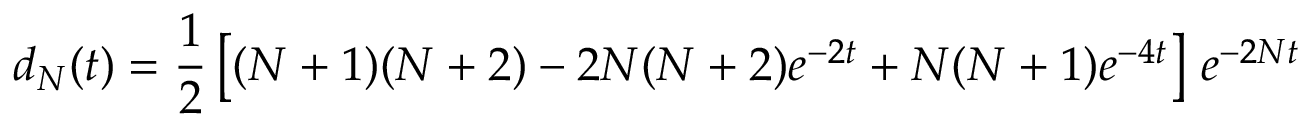
d _ { N } ( t ) = \frac { 1 } { 2 } \left[ ( N + 1 ) ( N + 2 ) - 2 N ( N + 2 ) e ^ { - 2 t } + N ( N + 1 ) e ^ { - 4 t } \right] \, e ^ { - 2 N t }